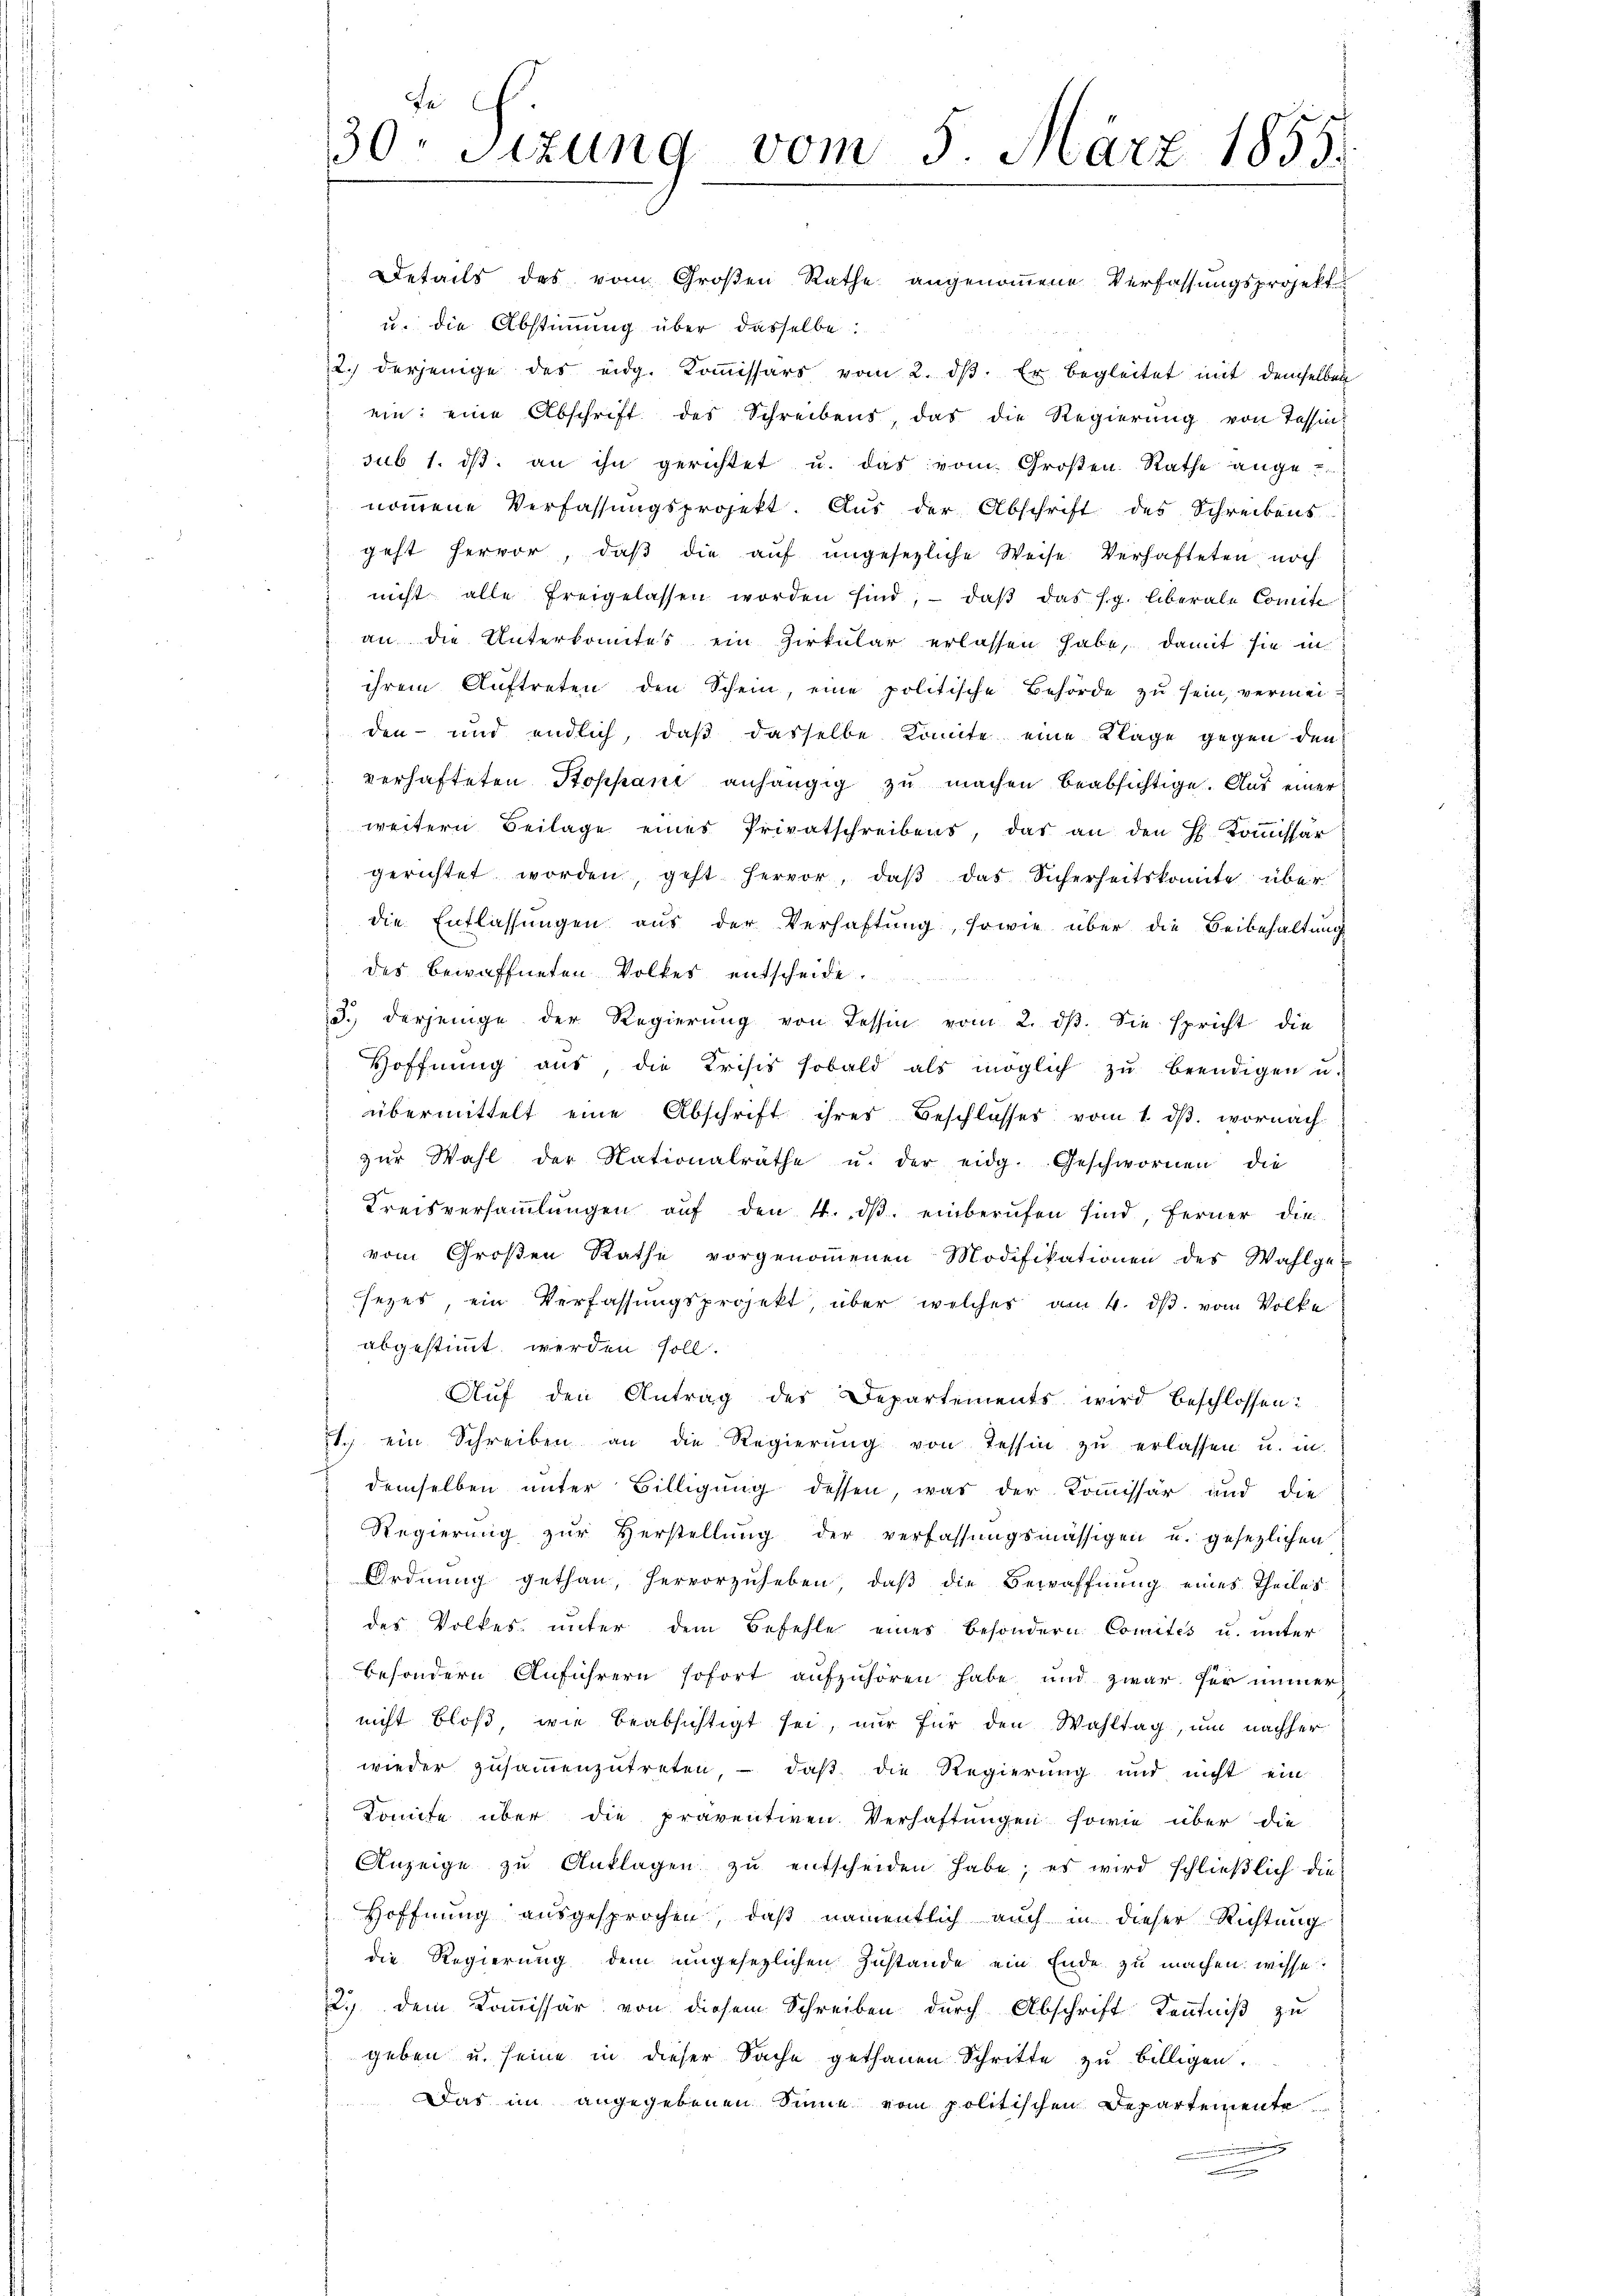
Be
30. Sitzung vom 5. März 1855.

Details des vom Großen Rathe angenommene Verfassungsprojekt
u. die Abstimmung über dasselbe:
2. derjenige des eidg. Koṁissärs vom 2. dβ. Er begleitet mit demselben
ein: eine Abschrift des Schreibens, das die Regierung von Tessins
sub 1. dβ an ihn gerichtet u. das vom Großen Rathe ange-
nommene Verfassungsprojekt. Aus der Abschrift des Schreibens
geht hervor, daβ die auf angesezliche Weise Verhafteten noch
nicht alle freigelassen worden sind, daβ das fg. Überale Comite
an die Unterkomites ein Zirkular erlassen habe, damit sie in
ihrem Auftreten den Schein, eine politische Behörde zu sein, vermeiden- und endlich, daß dasselbe konnte eine Klage gegen den
verhafteten Stoppani anhängig zu machen beabsichtige. Aus einer
weitern Beilage eines Privatschreibens, das an den H. Kommissär
gerichtet worden, geht hervor, daβ das Sicherheitskomite über
die Entlassungen aus der Verhaftung, sowie über die Beibehaltung
des bewaffneten Volkes entscheide.
3.) derjenige der Regierŭng von Tessin vom 2. dβ. Sie spricht die
Hoffnŭng aus, die Krisis sobald als möglich zŭ beendigen u.
übermittelt eine Abschrift ihres Beschlosses vom 1. dβ. wornach
zŭr Wahl der Nationalrathe u. der eidg. Geschwornen die
Kreisversaṁlŭngen aŭf den 4. dβ. einberufen sind, ferner die
vom Großen Rathe vorgenoṁenen Modifikationen des Wahlgesezes, ein Verfassungsprojekt, über welches am 4. ds. vom Volke
abgestimmt werden soll.
Auf den Antrag des Departements wird beschlossen:
1. ein Schreiben an die Regierŭng von Tessin zŭ erlassen u. in
demselben unter Billigung dessen, was der Kommissär und die
Regierŭng zŭr Herstellŭng der verfassŭngsmässigen u. gesezlichen
Ordnŭng gethan, hervorzuheben, daβ die Bewaffnŭng eines Theiles
des Volkes unter dem Befehle eines besondern Comités u. unter
besondern Anführern sofort aufzuhören habe und zwar her immer
nicht bloß wie beabsichtigt sei, nur für den Wahltag, um nachher
wieder zusammenzutreten - daβ die Regierung und nicht ein
Komite über die präventiven Verhaftungen sowie über die
Anzeige zu Anklagen zŭ entscheiden habe; es wird schließlich die
Hoffnung ausgesprochen, daß namentlich auch in dieser Richtung
die Regierung dem ungesezlichen Zustande ein Ende zu machen wisse.
2.) dem Kommissär von diesem Schreiben durch Abschrift Kenntniß zu
geben u. seine in dieser Sache gethanen Schritte zu billigen.
Das im angegebenen Sinne vom politischen Departemente